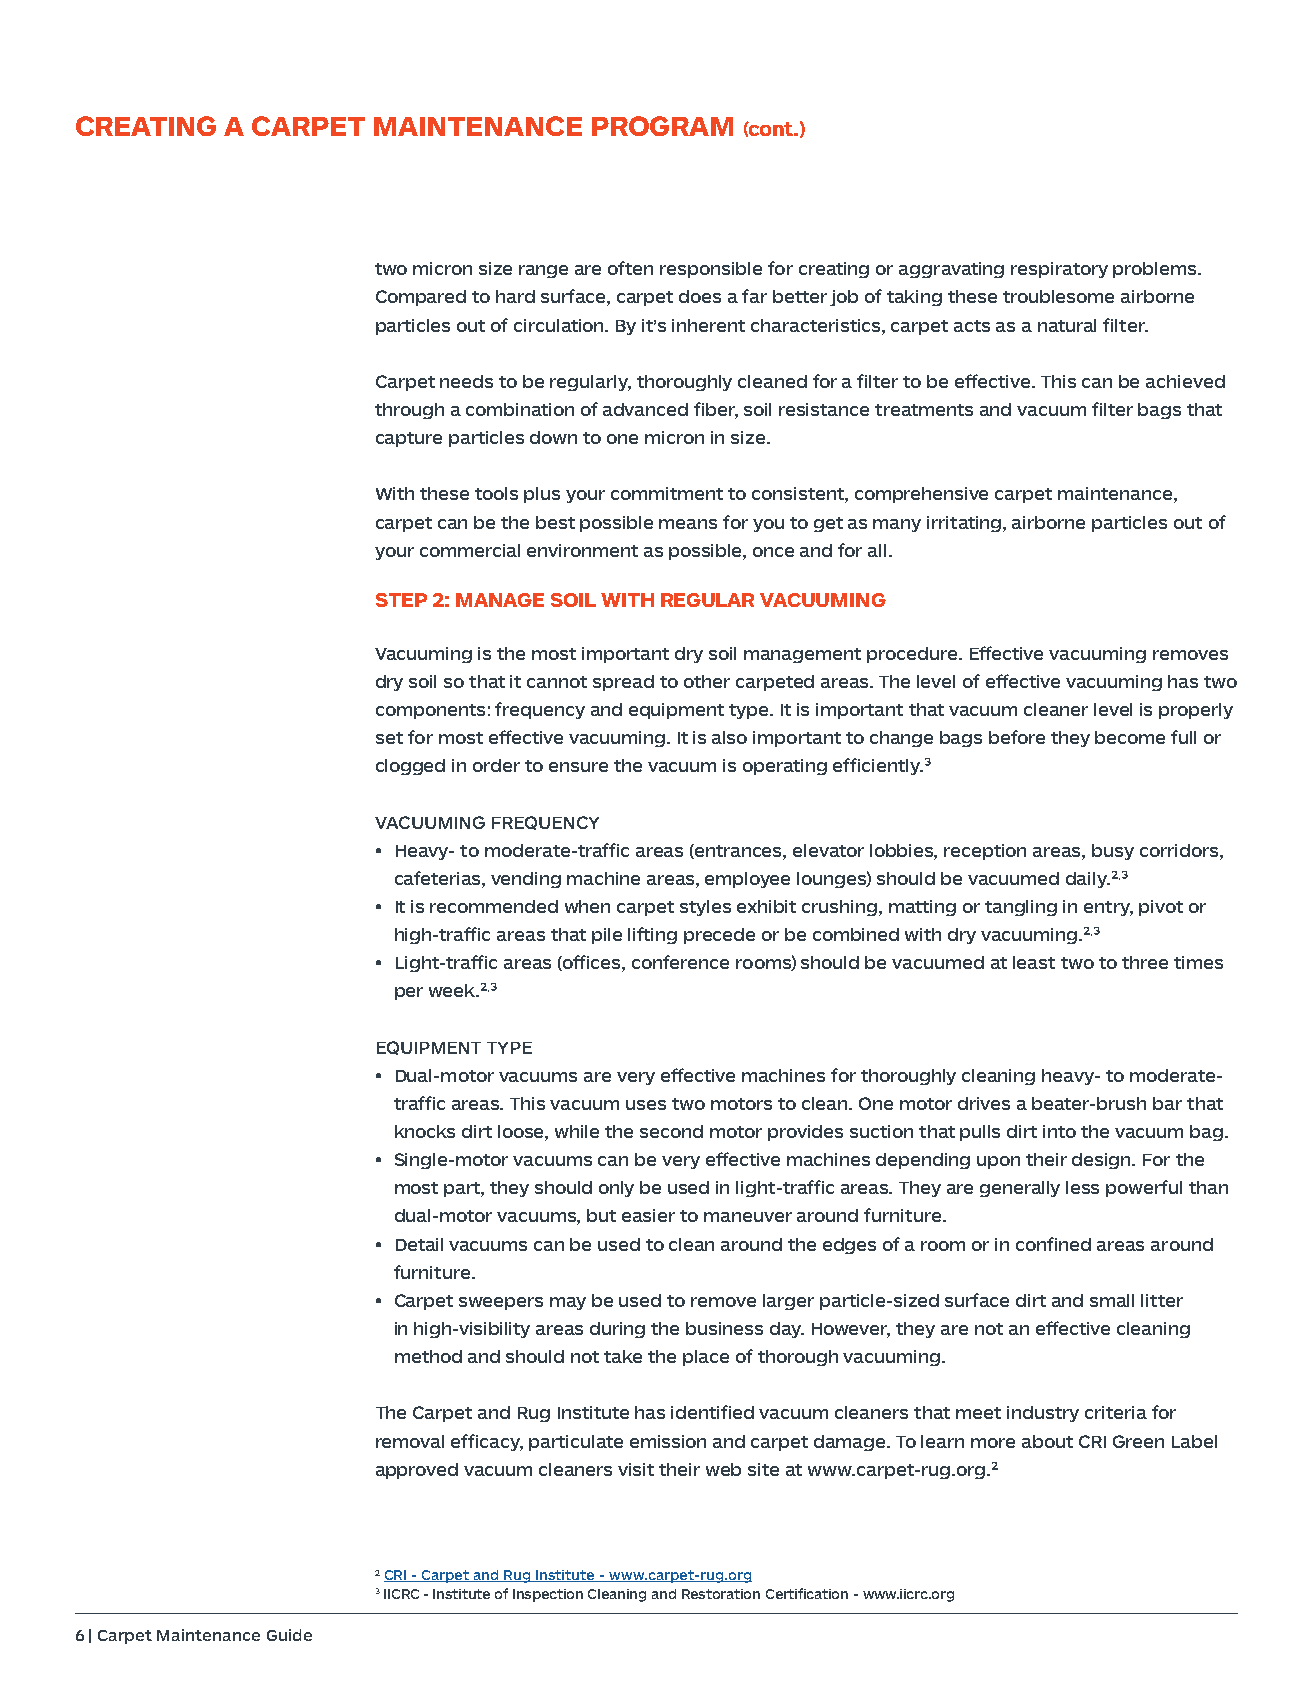
CREATING  A CARPET  MAINTENANCE   PROGRAM
 (cont.)
 two micron size range are often responsible for creating or aggravating respiratory problems.
 Compared to hard surface, carpet does a far better job of taking these troublesome airborne
 particles out of circulation. By it’s inherent characteristics, carpet acts as a natural filter.
 Carpet needs to be regularly, thoroughly cleaned for a filter to be effective. This can be achieved
 through a combination of advanced fiber, soil resistance treatments and vacuum filter bags that
 capture particles down to one micron in size.
 With these tools plus your commitment to consistent, comprehensive carpet maintenance,
 carpet can be the best possible means for you to get as many irritating, airborne particles out of
 your commercial environment as possible, once and for all.
 STEP 2: MANAGE SOIL WITH REGULAR VACUUMING
 Vacuuming is the most important dry soil management procedure. Effective vacuuming removes
 dry soil so that it cannot spread to other carpeted areas. The level of effective vacuuming has two
 components: frequency and equipment type. It is important that vacuum cleaner level is properly
 set for most effective vacuuming. It is also important to change bags before they become full or
 clogged in order to ensure the vacuum is operating efficiently.³
 VACUUMING FREQUENCY
 • Heavy- to moderate-traffic areas (entrances, elevator lobbies, reception areas, busy corridors,
 cafeterias, vending machine areas, employee lounges) should be vacuumed daily.²,³
 • It is recommended when carpet styles exhibit crushing, matting or tangling in entry, pivot or
 high-traffic areas that pile lifting precede or be combined with dry vacuuming.²,³
 • Light-traffic areas (offices, conference rooms) should be vacuumed at least two to three times
 per week.²,³
 EQUIPMENT TYPE
 • Dual-motor vacuums are very effective machines for thoroughly cleaning heavy- to moderate-
 traffic areas. This vacuum uses two motors to clean. One motor drives a beater-brush bar that
 knocks dirt loose, while the second motor provides suction that pulls dirt into the vacuum bag.
 • Single-motor vacuums can be very effective machines depending upon their design. For the
 most part, they should only be used in light-traffic areas. They are generally less powerful than
 dual-motor vacuums, but easier to maneuver around furniture.
 • Detail vacuums can be used to clean around the edges of a room or in confined areas around
 furniture.
 • Carpet sweepers may be used to remove larger particle-sized surface dirt and small litter
 in high-visibility areas during the business day. However, they are not an effective cleaning
 method and should not take the place of thorough vacuuming.
 The Carpet and Rug Institute has identified vacuum cleaners that meet industry criteria for
 removal efficacy, particulate emission and carpet damage. To learn more about CRI Green Label
 approved vacuum cleaners visit their web site at www.carpet-rug.org.²
 2 CRI - Carpet and Rug Institute - www.carpet-rug.org
 3 IICRC - Institute of Inspection Cleaning and Restoration Certification - www.iicrc.org
 6 | Carpet Maintenance Guide